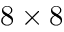
8 \times 8